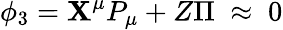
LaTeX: {}\phi_{3}=\mathbf{X}^{\mu}P_{\mu}+Z\Pi\; \approx\; 0